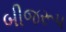
બીજરૂપ